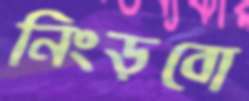
নিংড়বো